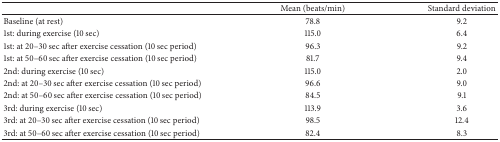
|  | Mean (beats/min) | Standard deviation |
 | --- | --- | --- |
 | Baseline (at rest) | 78.8 | 9.2 |
 | 1st: during exercise (10 sec) | 115.0 | 6.4 |
 | 1st: at 20–30 sec after exercise cessation (10 sec period) | 96.3 | 9.2 |
 | 1st: at 50–60 sec after exercise cessation (10 sec period) | 81.7 | 9.4 |
 | 2nd: during exercise (10 sec) | 115.0 | 2.0 |
 | 2nd: at 20–30 sec after exercise cessation (10 sec period) | 96.6 | 9.0 |
 | 2nd: at 50–60 sec after exercise cessation (10 sec period) | 84.5 | 9.1 |
 | 3rd: during exercise (10 sec) | 113.9 | 3.6 |
 | 3rd: at 20–30 sec after exercise cessation (10 sec period) | 98.5 | 12.4 |
 | 3rd: at 50–60 sec after exercise cessation (10 sec period) | 82.4 | 8.3 |